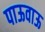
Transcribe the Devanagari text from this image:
पाऊवाऊ